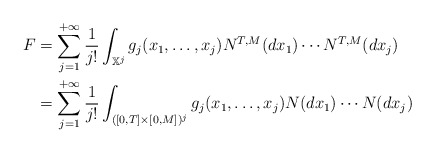
\begin{align*}F &=\sum_{j=1}^{+\infty} \frac{1}{j!} \int_{\mathbb X^j} g_j(x_1,\ldots,x_j) N^{T,M}(dx_1) \cdots N^{T,M}(dx_j) \\&=\sum_{j=1}^{+\infty} \frac{1}{j!} \int_{([0,T]\times[0,M])^j} g_j(x_1,\ldots,x_j) N(dx_1) \cdots N(dx_j)\end{align*}